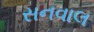
સનવાલ